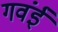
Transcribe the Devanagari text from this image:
गवंई